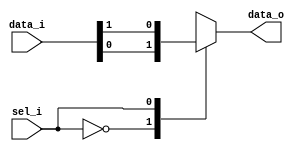
/*	
   ===================================================================
   Module Name  : Multiplexor N to 1
      
   Filename     : muxNto1.v
   Type         : Verilog Module
   
   Description  : Parametrizable multiplexor 
                  The number of inputs must be power of two!
                  
                  -data_i signal distribution:
                     
                  data_i  [                      DATA_WIDTH-1:0] -> input 0
                  data_i  [         (2*DATA_WIDTH)-1:DATA_WIDTH] -> input 1
                  data_i  [     (3*DATA_WIDTH)-1:(2*DATA_WIDTH)] -> input 2
                  ...
                  data_i  [ (N*DATA_WIDTH)-1:((N-1)*DATA_WIDTH)] -> input N-1
               * where  N = (2^SEL_WIDTH)
   -----------------------------------------------------------------------------
   Clocks      : -
   Reset       : -
   Parameters  :   
         NAME                         Comments                   Default
         ------------------------------------------------------------------------------
         SEL_WIDTH               Number bits for mux selector        2
         DATA_WIDTH              Number of data bits                33 
         ------------------------------------------------------------------------------
   Version     : 1.0
   Data        : 14 Nov 2018
   Revision    : -
   Reviser     : -		
   ------------------------------------------------------------------------------
      Modification Log "please register all the modifications in this area"
      (D/M/Y)  
      
   ----------------------
   // Instance template
   ----------------------
   muxNto1 
   #(
      .DATA_WIDTH   (),
      .SEL_WIDTH    ("ceil_log2(N)")
   )
   "MODULE_NAME"
   (
      .sel_i    (),
      .data_i   ({
                     ,  // I:N-1
                     ,  // I: ...
                     ,  // I:1
                       // I:0
                     }),
      .data_o   ()
   );
*/


module muxNto1 
#(
		parameter  DATA_WIDTH   = 'd1,
      parameter  SEL_WIDTH    = 'd1
)(
    //-------------ctrl signals---------------//
    input   wire [   SEL_WIDTH -1                  :0 ]  sel_i,
    //-------------data/addr signals-----------//
    input   wire [( (2**SEL_WIDTH) *DATA_WIDTH)-1  :0 ]  data_i,
    output  wire [             DATA_WIDTH-1        :0 ]  data_o
);

// -----------------------------------------------------------

localparam NUM_INPUTS = 2**SEL_WIDTH;

genvar i;
    
wire [DATA_WIDTH-1:0] input_wire [0:NUM_INPUTS-1];

assign  data_o = input_wire[sel_i];

//conections to input wire
generate
    for(i=0; i<NUM_INPUTS; i=i+1) begin: assignements
    
        assign  input_wire[i] = data_i[(i*DATA_WIDTH)+:DATA_WIDTH];
        
    end
endgenerate

endmodule